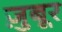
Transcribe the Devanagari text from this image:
ज़ुबूर